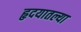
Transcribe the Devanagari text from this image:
हृदयातल्या